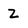
Character: Z